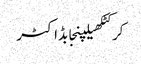
کرکٹکھیلپنجابڈاکٹر